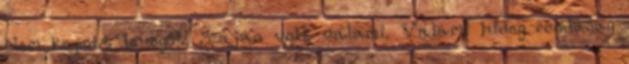
Nem kapott levegőt. Száján volt valami. Valami hideg rondaság